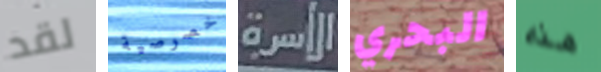
لقد خصوصية الأسرة البحري هذه